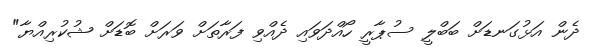
ދެން އަޅުގަނޑަށް ބަބްލީ ސުޕާރީ ހޯއްދަވައި ދެއްވި ފަރާތަށް ވަރަށް ބޮޑަށް ޝުކުރިއްޔާ"